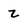
Character: z